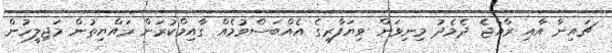
ޗައިނާ އާއި ރާއްޖެ ދެމެދު މިނިވަން ވިޔަފާރީގެ އެއްބަސްވުމެއް ގާއިމްކުރަން ރައްޔިތުން މަޖިލީހުން